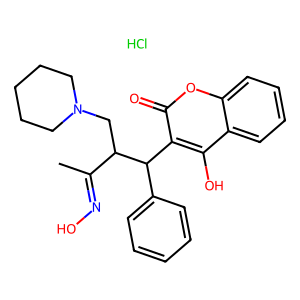
SMILES: CC(=NO)C(CN1CCCCC1)C(c1ccccc1)c1c(O)c2ccccc2oc1=O.Cl
Inhibits HIV replication: No